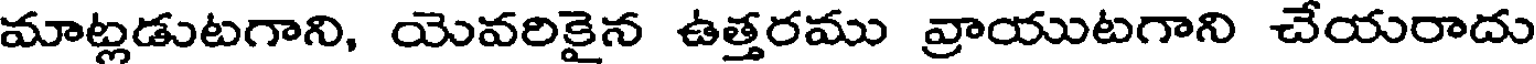
మాట్లడుటగాని, యెవరికైన ఉత్తరము వ్రాయుటగాని చేయరాదు